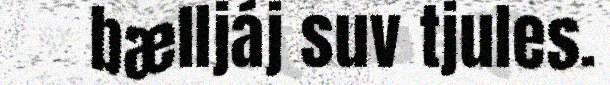
bælljáj suv tjules.